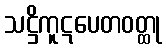
သဋ္ဌိကူဋပေတဝတ္ထု